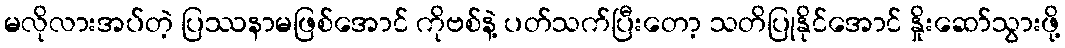
မလိုလားအပ်တဲ့ ပြဿနာမဖြစ်အောင် ကိုဗစ်နဲ့ ပတ်သက်ပြီးတော့ သတိပြုနိုင်အောင် နှိုးဆော်သွားဖို့